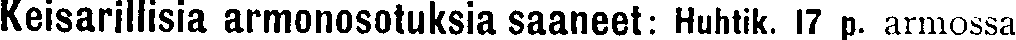
Keisarillisia armonosotuksia saaneet: Huhtik. 17 p. armossa